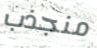
منجذب